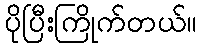
ပိုပြီးကြိုက်တယ်။